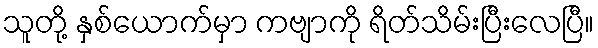
သူတို့ နှစ်ယောက်မှာ ကဗျာကို ရိတ်သိမ်းပြီးလေပြီ။